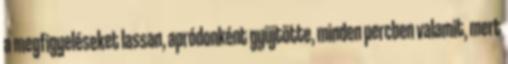
a megfigyeléseket lassan, apródonként gyüjtötte, minden percben valamit, mert